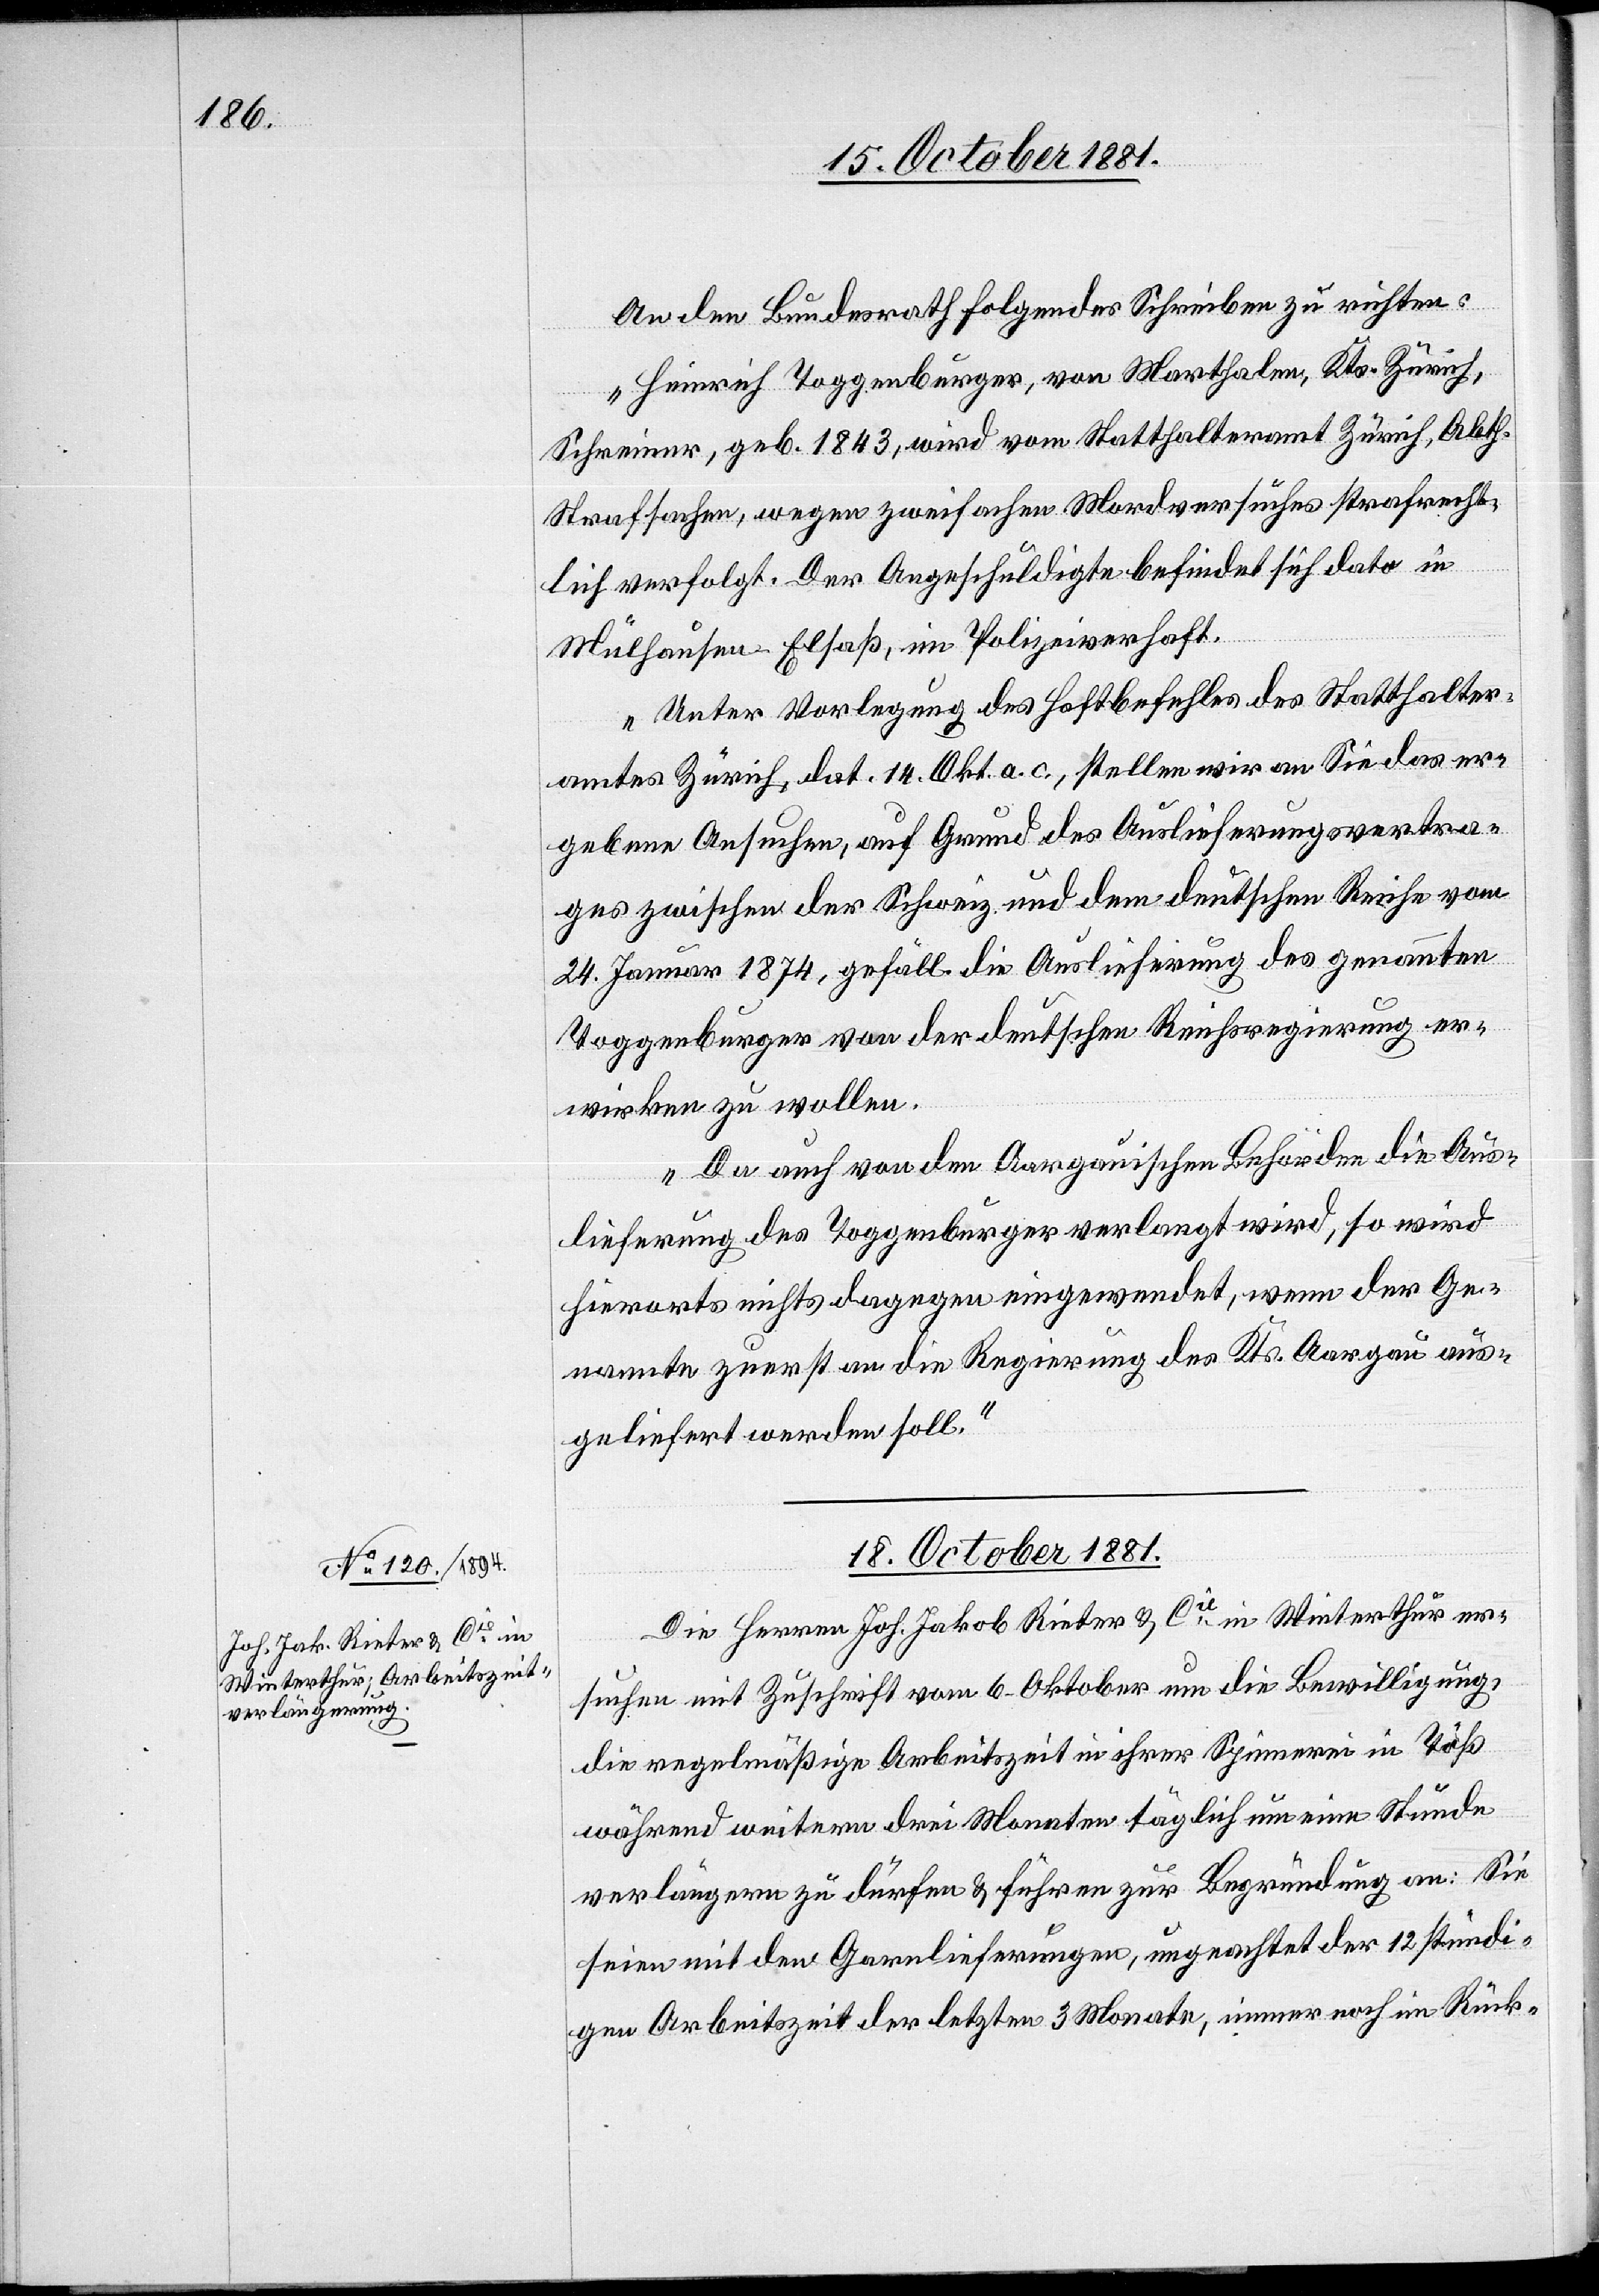
An den Bundesrath folgendes Schreiben zu richten:
„Heinrich Toggenburger, von Marthalen, Kts. Zürich,
Schreiner, geb. 1843, wird vom Statthalteramt Zürich, Abth.
Strafsachen, wegen zweifachen Mordversuches strafrecht¬
lich verfolgt. Der Angeschuldigte befindet sich dato in
Mülhausen Elsaß, im Polizeiverhaft.
Unter Vorlegung des Haftbefehles des Statthalter¬
amtes Zürich, dat. 14. Okt. a. c., stellen wir an Sie das er¬
gebene Aufsuchen, auf Grund des Auslieferungsvertra¬
ges zwischen der Schweiz und dem deutschen Reiche vom
24. Januar 1874, gefäll. die Auslieferung des genannten
Toggenburger von der deutschen Reichsregierung er¬
wirken zu wollen.
Da auch von den Aargauischen Behörden die Aus¬
lieferung des Toggenburger verlangt wird, so wird
hierorts nichts dagegen eingewendet, wenn der Ge¬
nannte zuerst an die Regierung des Kts. Aargau aus¬
geliefert werden soll.“
18. October 1881.
Die Herren Joh. Jakob Reiter & Cie in Winterthur er¬
suchen mit Zuschrift vom 6. Oktober um die Bewilligung,
die regelmäßige Arbeitszeit in ihrer Spinnerei in Töß
während weitern drei Monaten täglich um eine Stunde
verlängern zu dürfen & führen zur Begründung an: Sie
seien mit den Garnlieferungen, ungeachtet der 12 stündi¬
gen Arbeitszeit der letzten 3 Monate, immer noch in Rück-